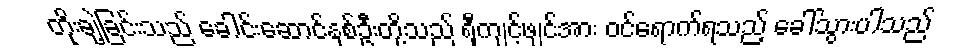
တိုးချဲ့ခြင်းသည် ခေါင်းဆောင်နှစ်ဦးတို့သည် ရှီကျင့်ဖျင်အား ဝင်ရောက်ရသည့် ခေါ်သွားပါသည်